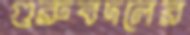
গুরুবদলের